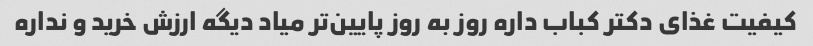
کیفیت غذای دکتر کباب داره روز به روز پایین‌تر میاد دیگه ارزش خرید و نداره